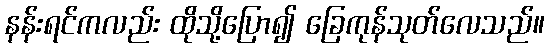
နန်းရင်ကလည်း ထိုသို့ပြော၍ ခြေကုန်သုတ်လေသည်။